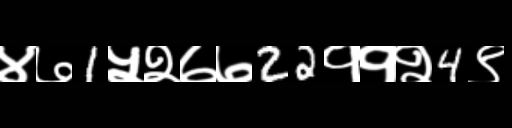
Text: ४७1५२७७22११२4९